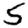
Digit: 5